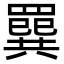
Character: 𦌔